Report on horse surra - Volume I
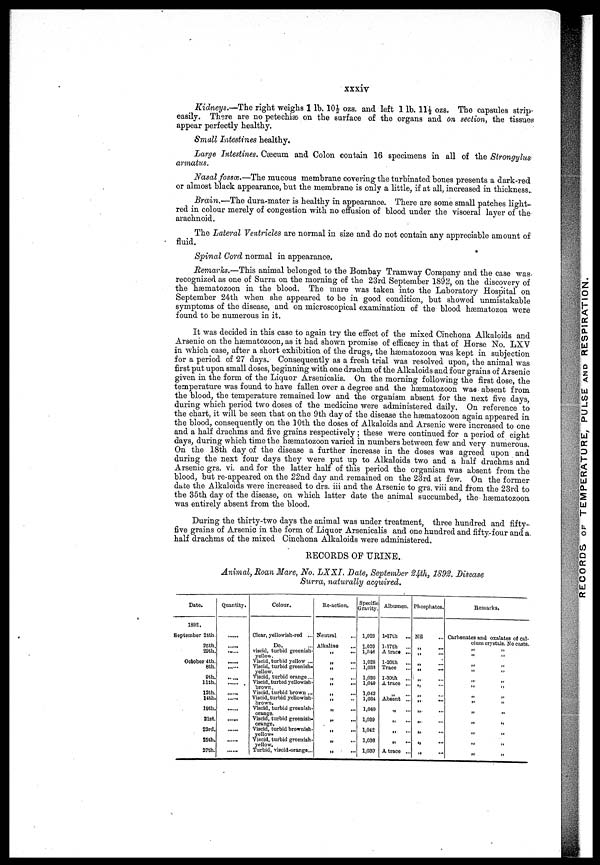
xxxiv
Kidneys.—The right weighs 1 lb. 10½ ozs. and left 1 lb. 11½ ozs. The capsules strip
easily. There are no petechiæ on the surface of the organs and on section, the tissues
appear perfectly healthy.
Small Intestines healthy.
Large Intestines. Cæcum and Colon contain 16 specimens in all of the Strongylus
armatus.
Nasal fossce.—The mucous membrane covering the turbinated bones presents a dark-red
or almost black appearance, but the membrane is only a little, if at all, increased in thickness-
Brain.—The dura-mater is healthy in appearance. There are some small patches light-
red in colour merely of congestion with no effusion of blood under the visceral layer of the
arachnoid.
The Lateral Ventricles are normal in size and do not contain any appreciable amount of
fluid.
Spinal Cord normal in appearance.
Memories.—This animal belonged to the Bombay Tramway Company and the case was
recognized as one of Surra on the morning of the 23rd September 1892, on the discovery of
the hæmatozoon in the blood. The mare was taken into the Laboratory Hospital on
September 24th when she appeared to be in good condition, but showed unmistakable
symptoms of the disease, and on microscopical examination of the blood hæmatozoa were
found to be numerous in it.
It was decided in this case to again try the effect of the mixed Cinchona Alkaloids and
Arsenic on the hæmatozoon, as it had shown promise of efficacy in that of Horse No. LXV
in which case, after a short exhibition of the drags, the hæmatozoon was kept in subjection
for a period of 27 days. Consequently as a fresh trial was resolved upon, the animal was
first put upon small doses, beginning with one drachm of the Alkaloids and four grains of Arsenic
given in the form of the Liquor Arsenicalis. On the morning following the first dose, the
temperature was found to have fallen over a degree and the hæmatozoon was absent from
the blood, the temperature remained low and the organism absent, for the next five days,
during which period two doses of the medicine were administered daily. On reference to
the chart, it will be seen that on the 9th day of the disease the hæmatozoon again appeared in
the blood, consequently on the 10th the doses of Alkaloids and Arsenic were increased to one
and a half drachms and five grains respectively; these were continued for a period of eight
days, during which time the hæmatozoon varied in numbers between few and very numerous.
On the 18th day of the disease a further increase in the doses was agreed upon and
during the next four days they were put up to Alkaloids two and a half drachms and
Arsenic grs. vi. and for the latter half of this period the organism was absent from the
blood, but re-appeared on the 22nd day and remained on the 23rd at few. On the former
date the Alkaloids were increased to drs. iii and the Arsenic to grs. viii and from the 23rd to
the 35th day of the disease, on which latter date the animal succumbed, the hæmatozoon
was entirely absent from the blood.
During the thirty-two days the animal was under treatment, three hundred and fifty-
five grains of Arsenic in the form of Liquor Arsenicalis and one hundred and fifty-four and a
half drachms of the mixed Cinchona Alkaloids were administered.
RECORDS OF URINE.
Animal, Moan Mare , No. LXXI. Date, September 24th, 1892. Disease
Surra, naturally acquired.
Date.
1892.
September 24th
25th.
29th.
October 4th.
8th.
9th.
11th.
12th.
14th.
19th.
21st.
23rd.
25th.
27th.
Quantity.
......
.....
...
......
.....
......
......
......
......
Colour.
Clear, yellowish-red ...
Do. ...
viscid, turbid greenish-
yellow.
Viscid, turbid yellow ...
Viscid, turbid greenish-
yellow.
Viscid, turbid orange...
Viscid, turbid yellowish-
brown.
Viscid, turbid brown ...
Viscid, turbid yellowish-
Viscid, turbid greenish-
orange.
Viscid, turbid greenish-
orange.
Viscid, turbid brownish-
yellow.
Viscid, turbid greenish-
yellow.
Turbid, viscid-orange...
Re-action.
Neutral
Alkaline
„
...
„ ...
„ ...
„ ...
„ ...
„ ...
„ ...
„
...
„
...
„ ...
„ ...
„ ...
Specific
Gravity.
1,029
1,029
1,046
1,028
1,038
1,030
1,010
1,042
1,034
1,010
1,039
1,012
1,030
1,030
Albumen.
1-17th ...
l-17th
...
A trace ...
l-20th
...
Trace ...
1-30th ...
A trace ...
„ Absent ...
„ ...
„ ...
„ ...
„ ...
A trace ...
Phosphates.
Nil
„ ...
„ ...
„ ...
„ ...
„ ...
„ ...
„ ...
„ ...
„ ...
„ ...
„ ...
„ ...
Remarks.
Carbonates and oxalates of cal-
cium crystals. No casts.
„ „
„ „
„ „
„ „
„ „
„ „
„ „
„ „
„ „
„ „
„ „
„ „
„ „